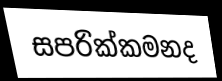
සපරික්කමනද